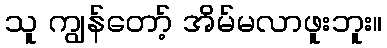
သူ ကျွန်တော့် အိမ်မလာဖူးဘူး။